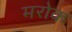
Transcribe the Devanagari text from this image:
मरोक